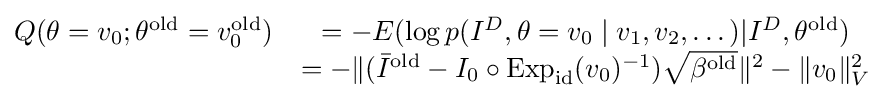
{\begin{matrix}Q(\theta =v_{0};\theta ^{\text{old}}=v_{0}^{\text{old}})&=-E(\log p(I^{D},\theta =v_{0}\mid v_{1},v_{2},\dots )|I^{D},\theta ^{\text{old}})\\&=-\|({\bar {I}}^{\text{old}}-I_{0}\circ \mathrm {Exp} _{\mathrm {id} }(v_{0})^{-1}){\sqrt {\beta ^{\text{old}}}}\|^{2}-\|v_{0}\|_{V}^{2}\end{matrix}}